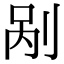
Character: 剐